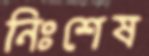
নিঃশেষ